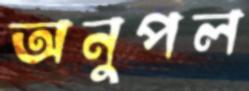
অনুপল